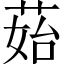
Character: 𦰯